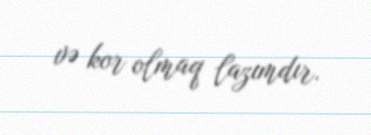
və kor olmaq lazımdır.